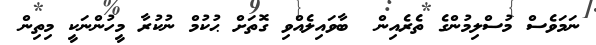
ނަމަވެސް މުސްލިމުންގެ ތެރެއިން  ބާވައިލެއްވި ގޮތަށް ޙުކުމް ނުކުރާ މީހުންނަކީ މިތިން